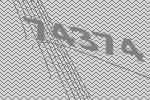
74374